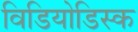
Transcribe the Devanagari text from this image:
विडियोडिस्क